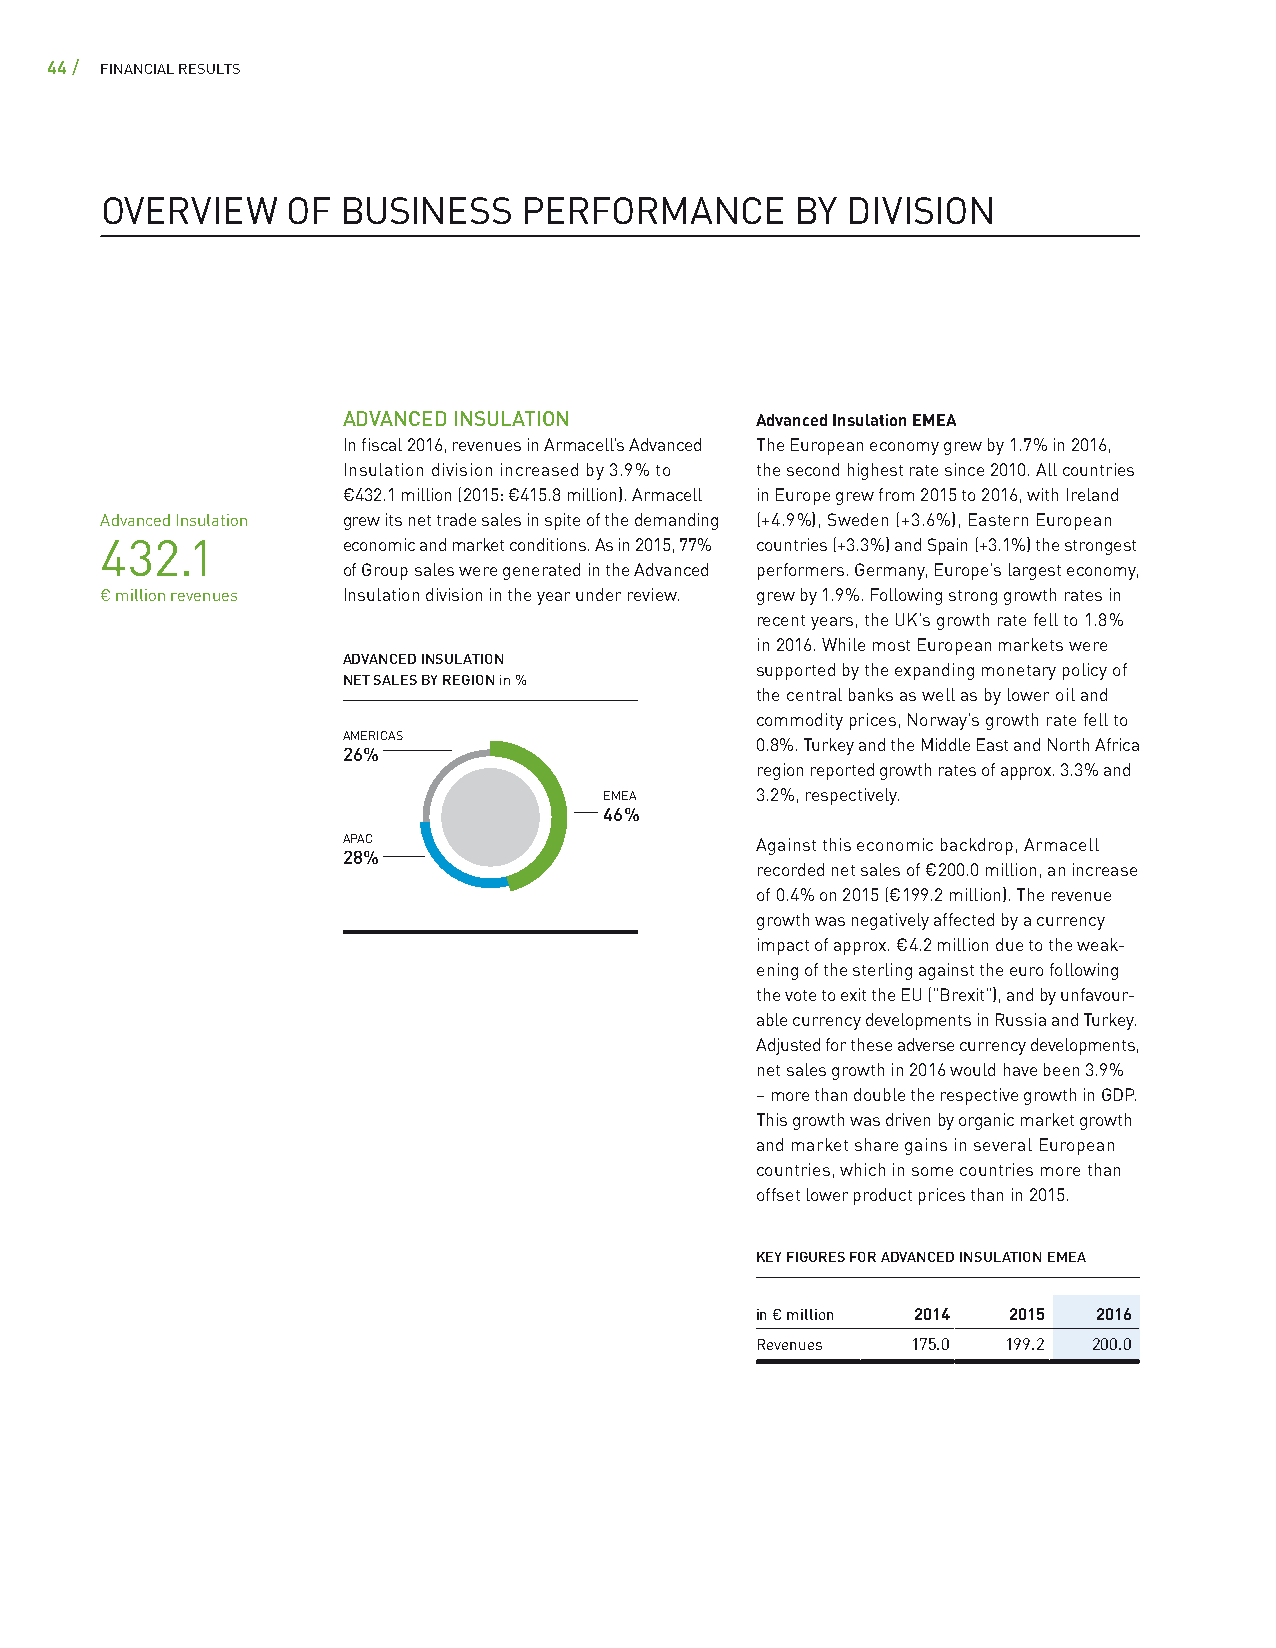
44 / FINANCIAL RESULTS
 OVERVIEW    OF BUSINESS     PERFORMANCE       BY DIVISION
 ADVANCED INSULATION        Advanced Insulation EMEA
 In fiscal 2016, revenues in Armacell’s Advanced The European economy grew by 1.7 % in 2016,
 Insulation division increased by 3.9 % to the second highest rate since 2010. All countries
 € 432.1 million (2015: € 415.8 million). Armacell in Europe grew from 2015 to 2016, with Ireland
 Advanced Insulation grew its net trade sales in spite of the demanding (+4.9 %), Sweden (+3.6 %), Eastern European
 432.1           economic and market conditions. As in 2015, 77 % countries (+3.3 %) and Spain (+3.1 %) the strongest
 of Group sales were generated in the Advanced performers. Germany, Europe’s largest economy,
 € million revenues Insulation division in the year under review. grew by 1.9 %. Following strong growth rates in
 recent years, the UK’s growth rate fell to 1.8 %
 in 2016. While most European markets were
 ADVANCED INSULATION
 supported by the expanding monetary policy of
 NET SALES BY REGION in %
 the central banks as well as by lower oil and
 commodity prices, Norway’s growth rate fell to
 AMERICAS
 0.8 %. Turkey and the Middle East and North Africa
 26 %
 region reported growth rates of approx. 3.3 % and
 EMEA      3.2 %, respectively.
 46 %
 APAC                       Against this economic backdrop, Armacell
 28 %
 recorded net sales of € 200.0 million, an increase
 of 0.4 % on 2015 (€ 199.2 million). The revenue
 growth was negatively affected by a currency
 impact of approx. € 4.2 million due to the weak-
 ening of the sterling against the euro following
 the vote to exit the EU ("Brexit"), and by unfavour-
 able currency developments in Russia and Turkey.
 Adjusted for these adverse currency developments,
 net sales growth in 2016 would have been 3.9 %
 – more than double the respective growth in GDP.
 This growth was driven by organic market growth
 and market share gains in several European
 countries, which in some countries more than
 offset lower product prices than in 2015.
 KEY FIGURES FOR ADVANCED INSULATION EMEA
 in € million 2014 2015 2016
 Revenues  175.0  199.2 200.0